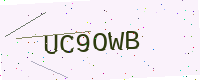
Text: UC9OWB